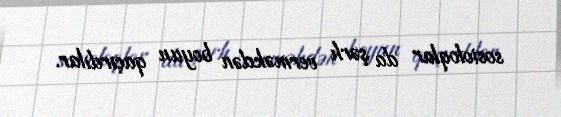
sosioloqlar da şərh verməkdən boyun qaçırdılar.